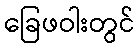
ခြေဖဝါးတွင်